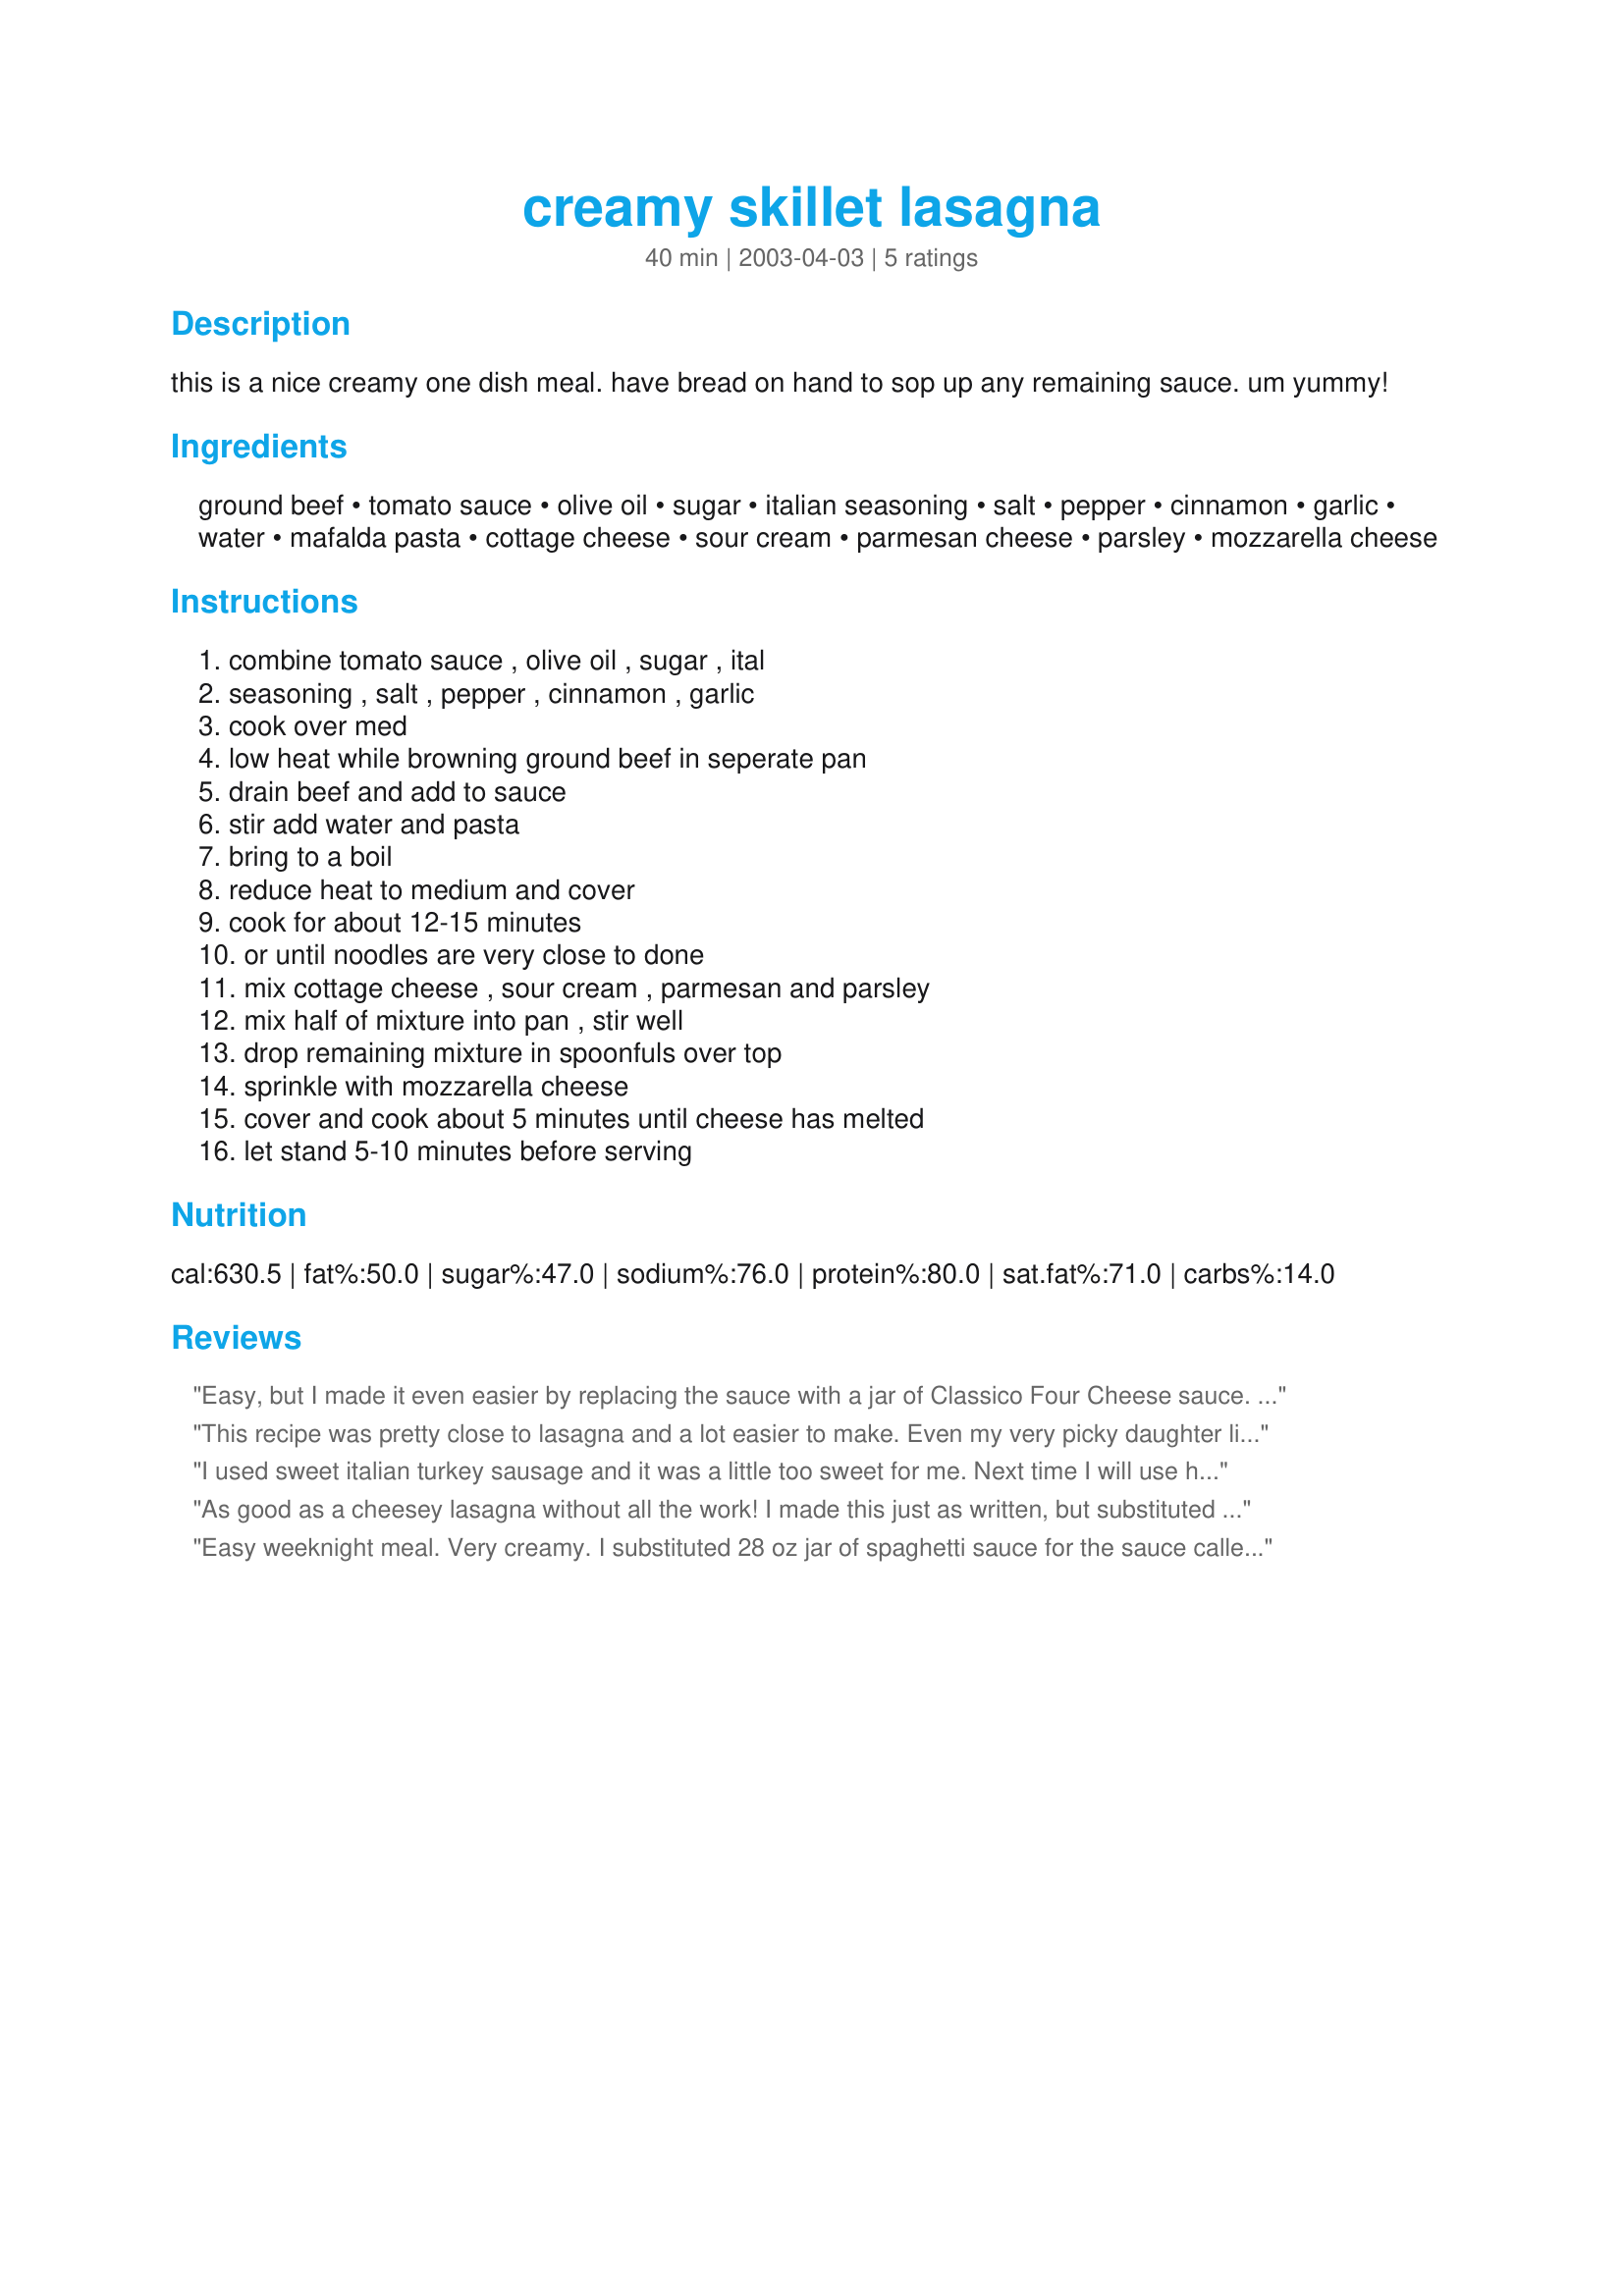
creamy skillet lasagna
Preparation time: 40 minutes

this is a nice creamy one dish meal. have bread on hand to sop up any remaining sauce. um yummy!

Ingredients:
ground beef, tomato sauce, olive oil, sugar, italian seasoning, salt, pepper, cinnamon, garlic, water, mafalda pasta, cottage cheese, sour cream, parmesan cheese, parsley, mozzarella cheese

Steps:
combine tomato sauce , olive oil , sugar , ital, seasoning , salt , pepper , cinnamon , garlic, cook over med, low heat while browning ground beef in seperate pan, drain beef and add to sauce, stir add water and pasta, bring to a boil, reduce heat to medium and cover, cook for about 12-15 minutes, or until noodles are very close to done, mix cottage cheese , sour cream , parmesan and parsley, mix half of mixture into pan , stir well, drop remaining mixture in spoonfuls over top, sprinkle with mozzarella cheese, cover and cook about 5 minutes until cheese has melted, let stand 5-10 minutes before serving

Reviews:
Easy, but I made it even easier by replacing the sauce with a jar of Classico Four Cheese sauce. I also used about 3/4 lb of ground italian sausage instead of the ground beef and ricotta instead of cottage cheese. This turned out fantastic. I will definitely make it again!
This recipe was pretty close to lasagna and a lot easier to make. Even my very picky daughter liked this one. We had none left but my guess is it is even better as a leftover!
I used sweet italian turkey sausage and it was a little too sweet for me. Next time I will use hot or hamburger. Otherwise it was certainly creamy and cheesy and a nice comforting meal on a cold rainy day.
As good as a cheesey lasagna without all the work! I made this just as written, but substituted ricotta cheese for the cottage cheese and I put some chopped onions in the pan when browning the beef. Thanx for a keeper! My kids will make sure I make this again;)
Easy weeknight meal. Very creamy. I substituted 28 oz jar of spaghetti sauce for the sauce called for in this recipe, (didn't have any tomato sauce on hand). I also stuck the skillet in the oven to brown the cheese a little. Kids cleaned their plates, and the leftovers were great for lunch the next day. Thanks for sharing!
